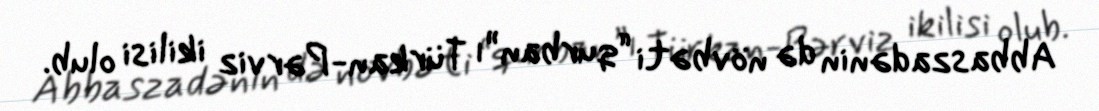
Abbaszadənin də növbəti “qurban”ı Türkan-Pərviz ikilisi olub.